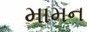
મામન